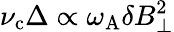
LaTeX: \nu_{\mathrm{c}}\Delta\propto\omega_{\mathrm{A}}\delta B_{\perp}^{2}